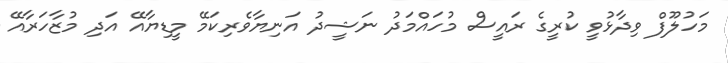
މަހުލޫފް ވިދާޅުވީ ކުރީގެ ރައީސް މުހައްމަދު ނަޝީދު އަނިޔާވެރިކަމޭ މީޑިޔާއޭ އަދި މުޒާހަރާއޭ